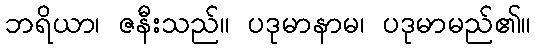
ဘရိယာ၊ ဇနီးသည်။ ပဒုမာနာမ၊ ပဒုမာမည်၏။